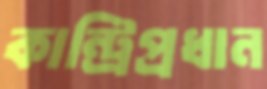
কান্ট্রিপ্রধান